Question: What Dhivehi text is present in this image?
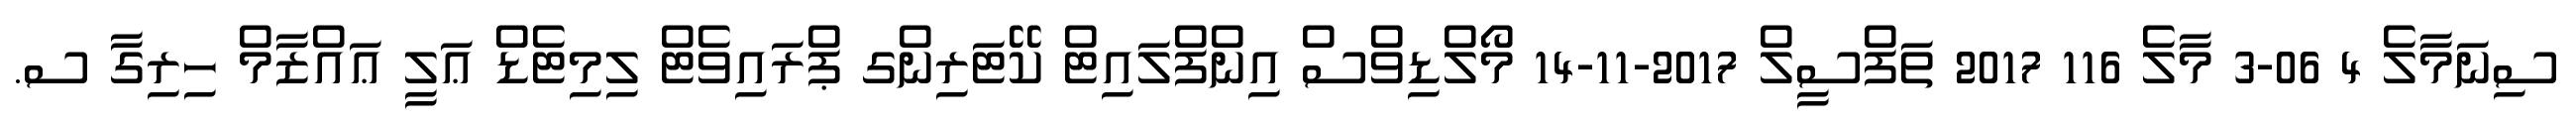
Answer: ސިނަމާލެ 4 06-3 މާލެ 116 2017 ތަފްސީލް 2017-11-14 މޯލްޑިވްސް އިންފްލައިޓް ކޭޓަރިންގ ޕްރައިވެޓް ލިމިޓެޑް ޢަލީ ޢައްޒާމް ހިރިގާ ސ.